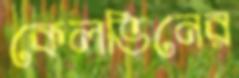
কেলভিনের